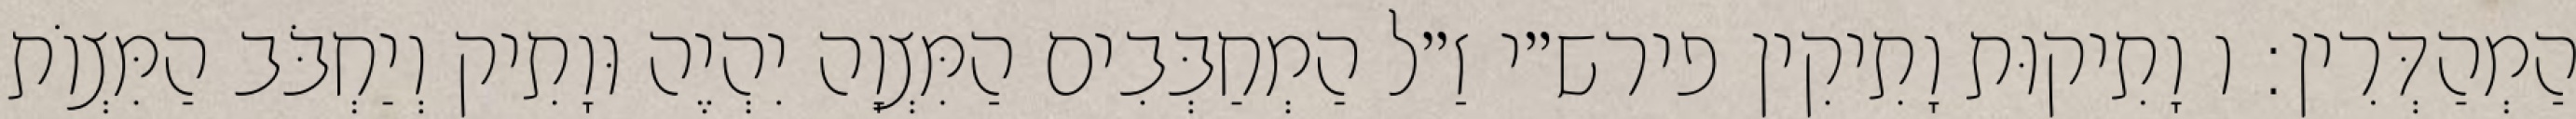
הַמְהַדְּרִין: ו וָתִיקוּת וָתִיקִין פירש״י זַ״ל הַמְחַבְּבִים הַמִּצְוָה יִהְיֶה וּוָתִיק וְיַחְבֹּב הַמִּצְוֹת